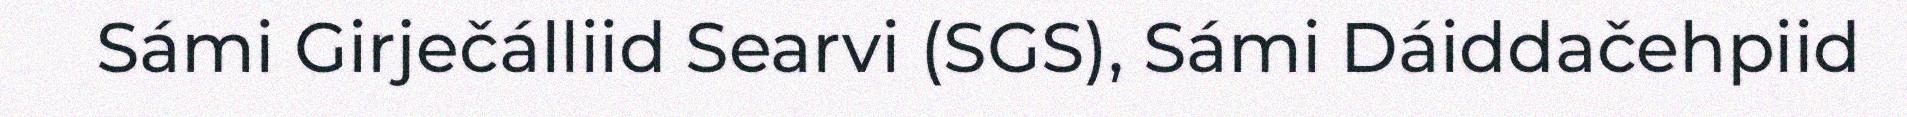
Sámi Girječálliid Searvi (SGS), Sámi Dáiddačehpiid